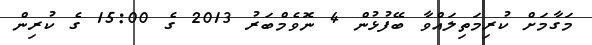
މަގާމަށް ކުރިމަތިލައްވާ ބޭފުޅުން 4 ނޮވެމްބަރު 2013 ގެ 15:00 ގެ ކުރިން